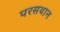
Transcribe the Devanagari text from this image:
परसथान